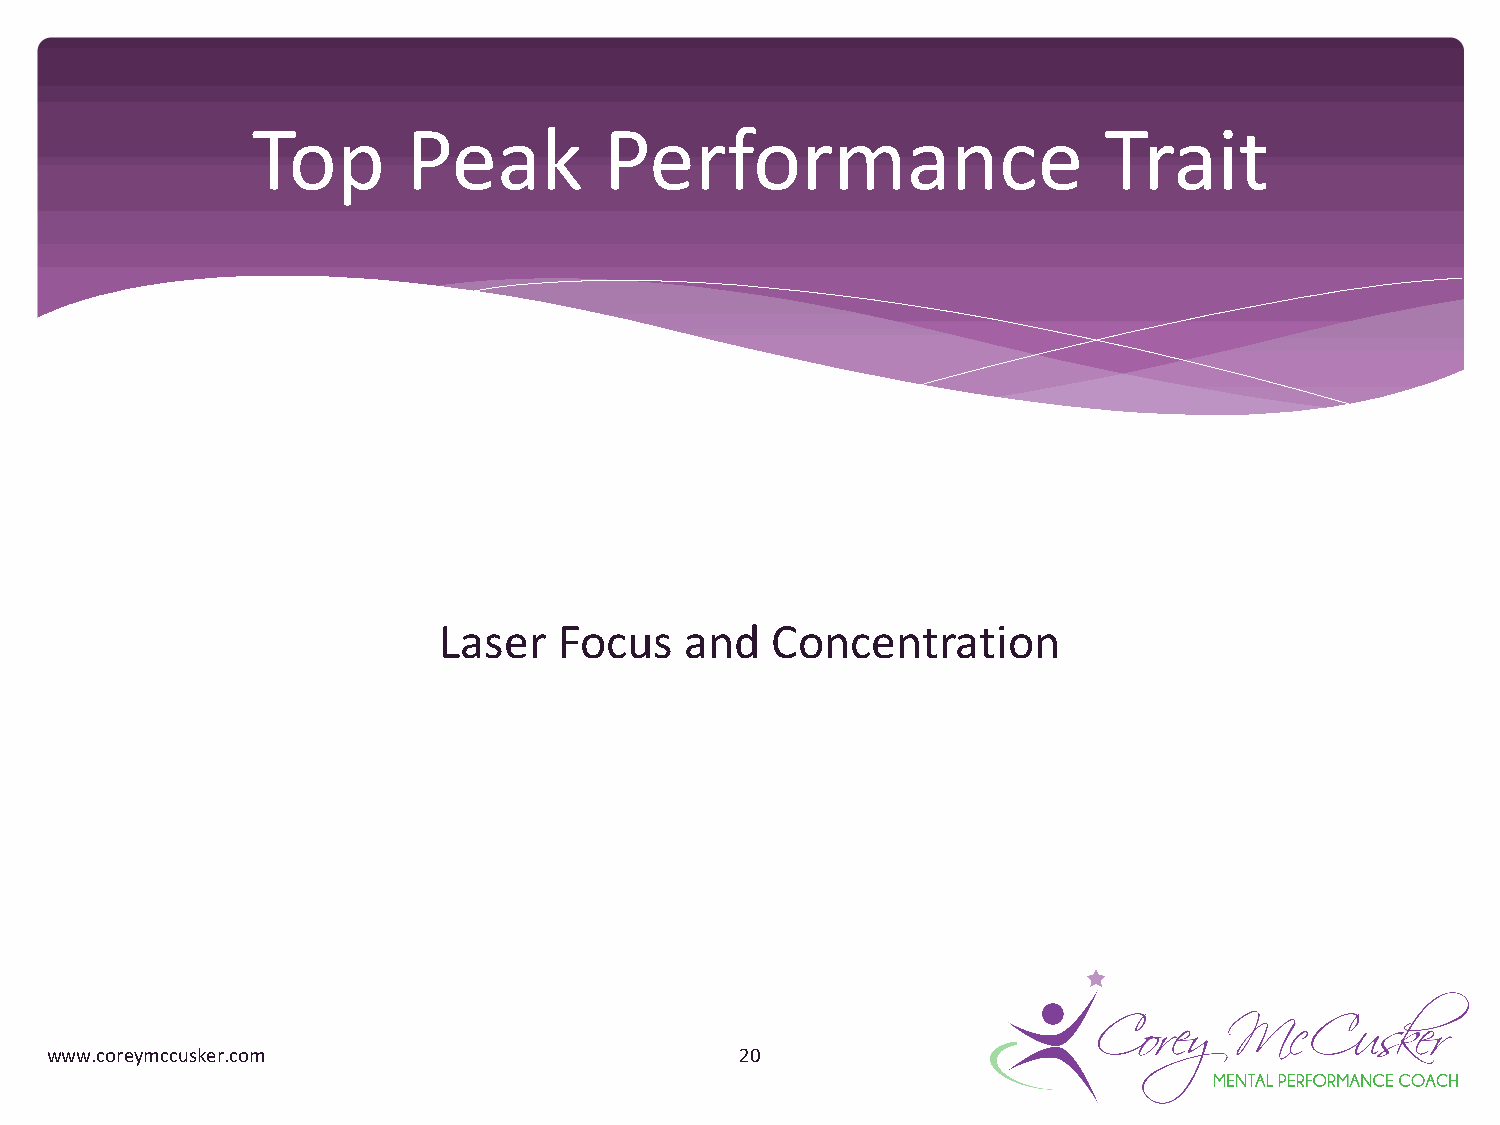
Top       Peak         Performance                      Trait
 Laser   Focus   and   Concentration
 www.coreymccusker.com                         20